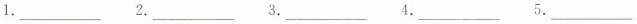
1.___ 2.___ 3.___ 4.___ 4.___ 5.___